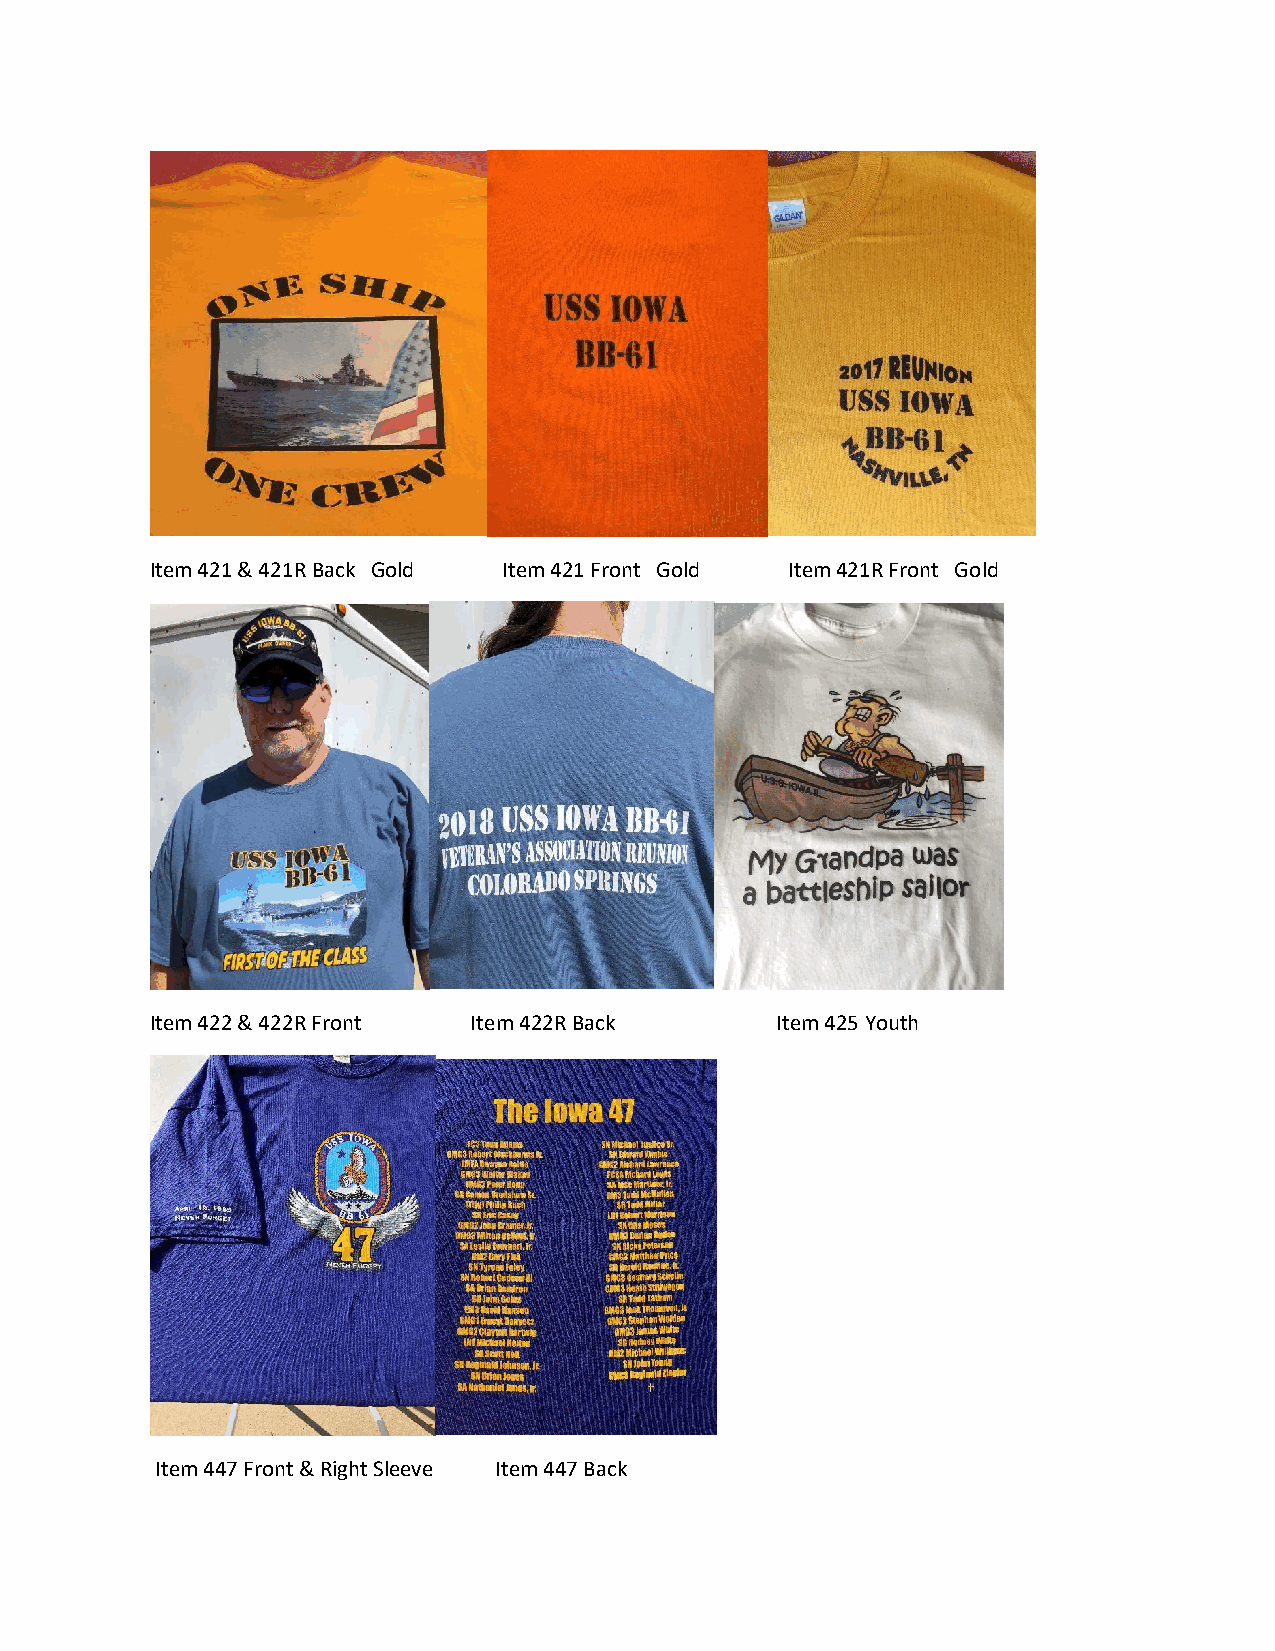
Item 421 & 421R Back Gold Item 421 Front Gold Item 421R Front Gold
 Item 422 & 422R Front Item 422R Back     Item 425 Youth
 Item 447 Front & Right Sleeve Item 447 Back